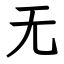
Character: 无